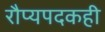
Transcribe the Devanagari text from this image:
रौप्यपदकही